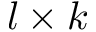
l \times k